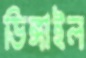
ডিঙ্গাইল